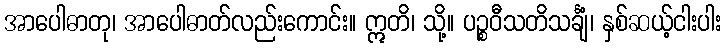
အာပေါဓာတု၊ အာပေါဓာတ်လည်းကောင်း။ ဣတိ၊ သို့။ ပဉ္စဝီသတိသင်္ချံ၊ နှစ်ဆယ့်ငါးပါး